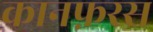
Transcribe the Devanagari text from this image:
कानफ़रस